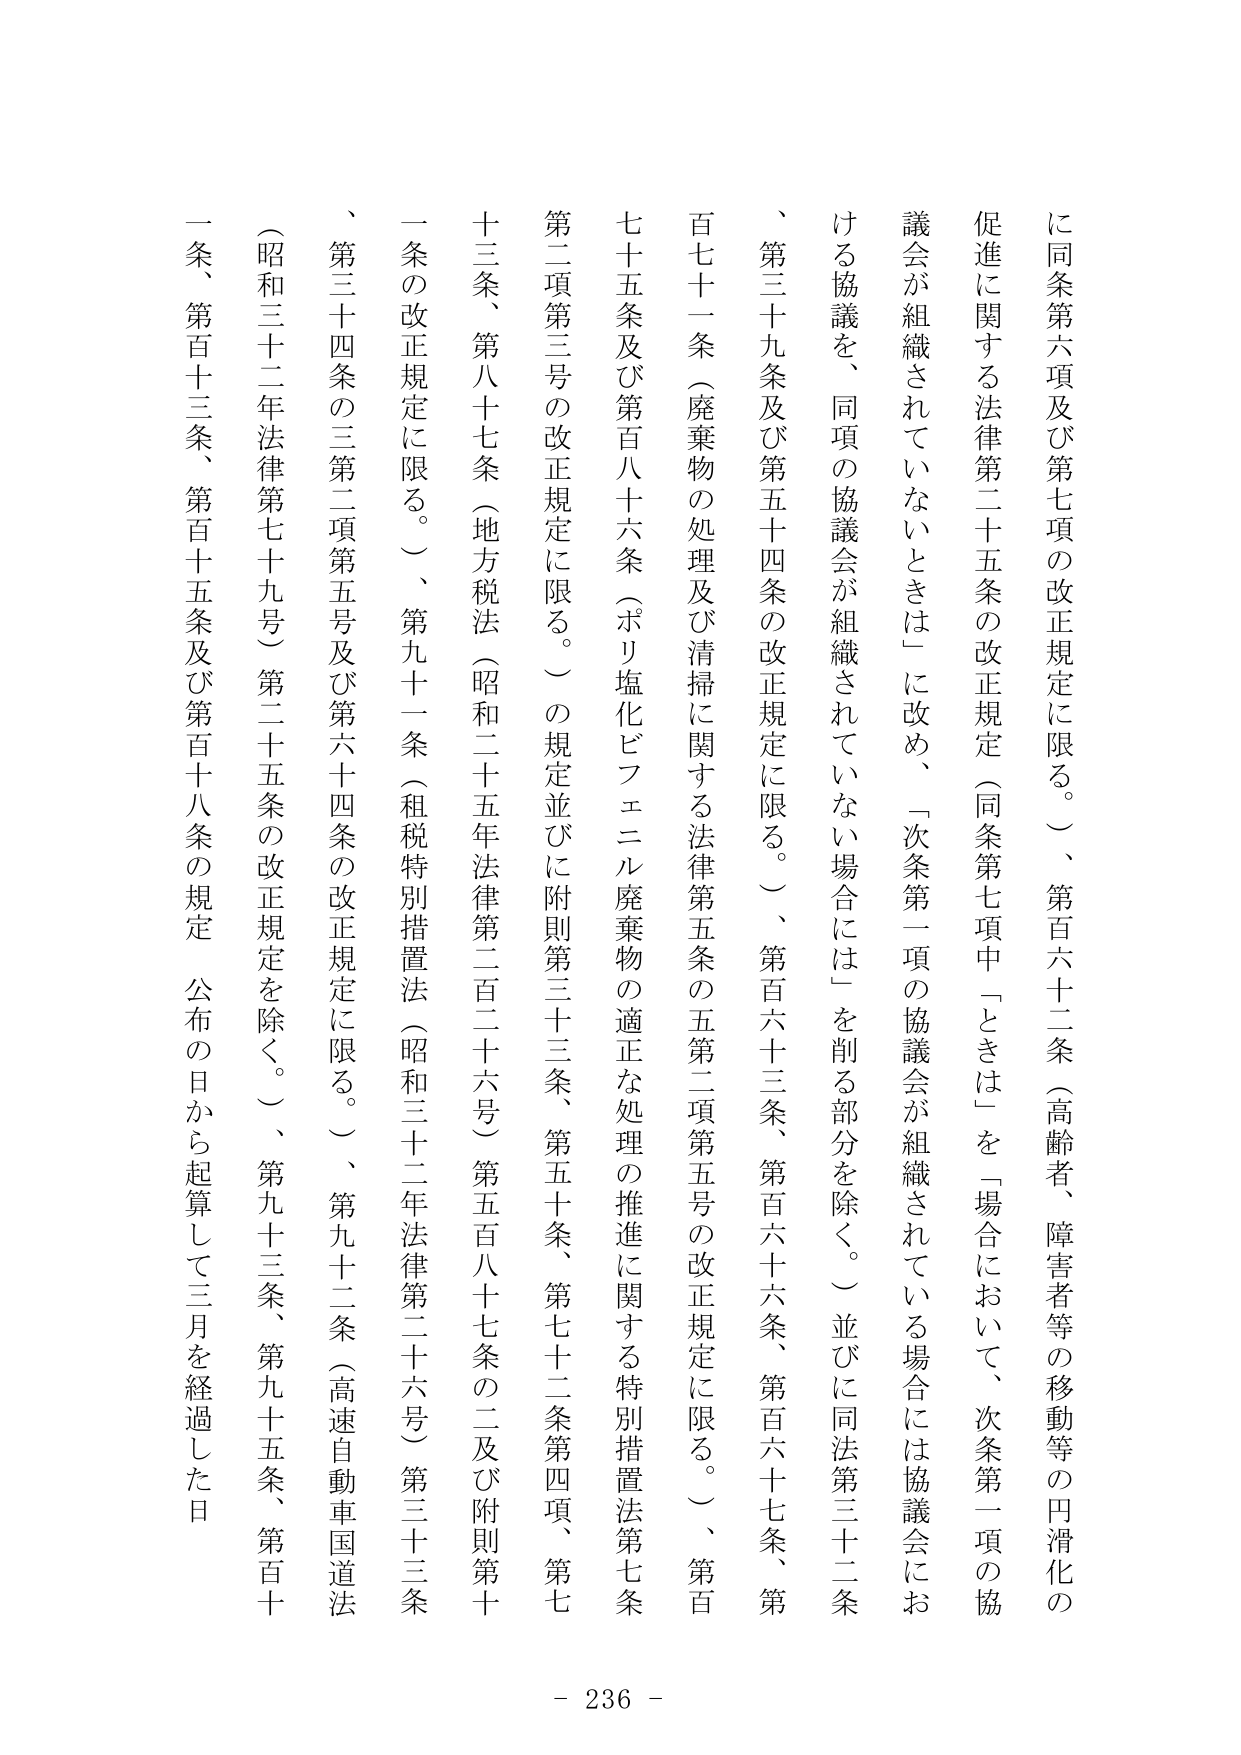
に同条第六項及び第七項の改正規定に限る。）、第百六十二条（高齢者、障害者等の移動等の円滑化の
促進に関する法律第二十五条の改正規定（同条第七項中「ときは」を「場合において、次条第一項の協
議会が組織されていないときは」に改め、「次条第一項の協議会が組織されている場合には協議会にお
ける協議を、同項の協議会が組織されていない場合には」を削る部分を除く。）並びに同法第三十二条
、第三十九条及び第五十四条の改正規定に限る。）、第百六十三条、第百六十六条、第百六十七条、第
百七十一条（廃棄物の処理及び清掃に関する法律第五条の五第二項第五号の改正規定に限る。）、第百
七十五条及び第百八十六条（ポリ塩化ビフェニル廃棄物の適正な処理の推進に関する特別措置法第七条
第二項第三号の改正規定に限る。）の規定並びに附則第三十三条、第五十条、第七十二条第四項、第七
十三条、第八十七条（地方税法（昭和二十五年法律第二百二十六号）第五百八十七条の二及び附則第十
一条の改正規定に限る。）、第九十一条（租税特別措置法（昭和三十二年法律第二十六号）第三十三条
、第三十四条の三第二項第五号及び第六十四条の改正規定に限る。）、第九十二条（高速自動車国道法
（昭和三十二年法律第七十九号）第二十五条の改正規定を除く。）、第九十三条、第九十五条、第百十
一条、第百十三条、第百十五条及び第百十八条の規定。公布の日から起算して三月を経過した日
- 236 -